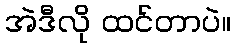
အဲဒီလို ထင်တာပဲ။